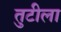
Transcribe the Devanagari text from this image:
तुटीला